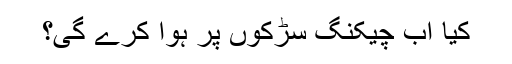
کیا اب چیکنگ سڑکوں پر ہوا کرے گی؟